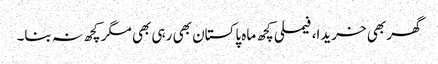
گھر بھی خریدا، فیملی کچھ ماہ پاکستان بھی رہی بھی مگر کچھ نہ بنا۔